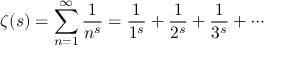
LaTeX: \zeta ( s ) = \sum _ { n = 1 } ^ { \infty } { \frac { 1 } { n ^ { s } } } = { \frac { 1 } { 1 ^ { s } } } + { \frac { 1 } { 2 ^ { s } } } + { \frac { 1 } { 3 ^ { s } } } + \cdots